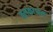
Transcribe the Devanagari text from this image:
बलकाश्रम